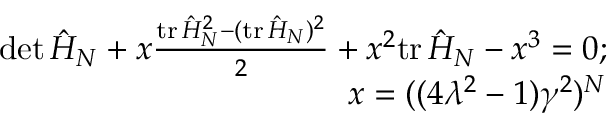
\begin{array} { r l r } & { } & { \operatorname* { d e t } \hat { H } _ { N } + x \frac { \mathrm { t r } \, \hat { H } _ { N } ^ { 2 } - ( \mathrm { t r } \, \hat { H } _ { N } ) ^ { 2 } } { 2 } + x ^ { 2 } \mathrm { t r } \, \hat { H } _ { N } - x ^ { 3 } = 0 ; } \\ & { } & { x = ( ( 4 \lambda ^ { 2 } - 1 ) \gamma ^ { 2 } ) ^ { N } } \end{array}